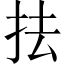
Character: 抾